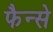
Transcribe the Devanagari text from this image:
फैन्से